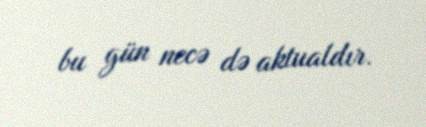
bu gün necə də aktualdır.